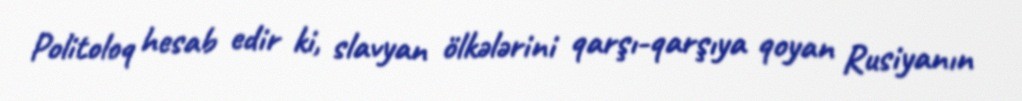
Politoloq hesab edir ki, slavyan ölkələrini qarşı-qarşıya qoyan Rusiyanın